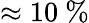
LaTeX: \approx 10\ \%